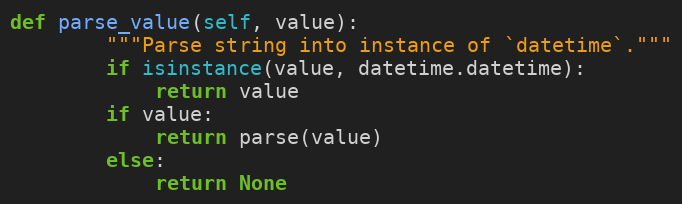
Language: Python
def parse_value(self, value):
        """Parse string into instance of `datetime`."""
        if isinstance(value, datetime.datetime):
            return value
        if value:
            return parse(value)
        else:
            return None